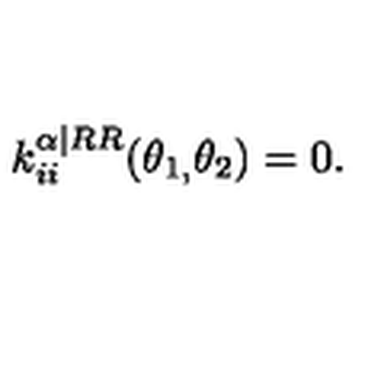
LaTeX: k _ { i i } ^ { \mathbf { \alpha | } R R } ( \theta _ { 1 , } \theta _ { 2 } ) = 0 .